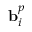
\mathbf { b } _ { i } ^ { p }